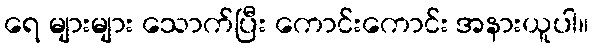
ရေ များများ သောက်ပြီး ကောင်းကောင်း အနားယူပါ။